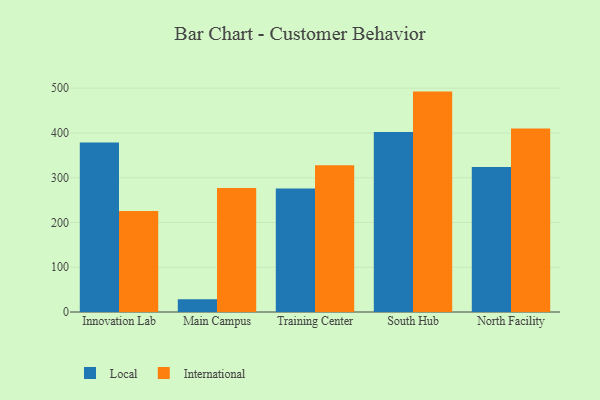
{"axis": {"x": "Campus", "y": "Inventory Turnover"}, "legend": ["International", "Local"], "data": [{"x": "Innovation Lab", "y": 378.7, "type": "Local"}, {"x": "Innovation Lab", "y": 225.9, "type": "International"}, {"x": "Main Campus", "y": 28.4, "type": "Local"}, {"x": "Main Campus", "y": 276.8, "type": "International"}, {"x": "Training Center", "y": 275.9, "type": "Local"}, {"x": "Training Center", "y": 327.6, "type": "International"}, {"x": "South Hub", "y": 402.3, "type": "Local"}, {"x": "South Hub", "y": 492.4, "type": "International"}, {"x": "North Facility", "y": 323.9, "type": "Local"}, {"x": "North Facility", "y": 409.8, "type": "International"}]}